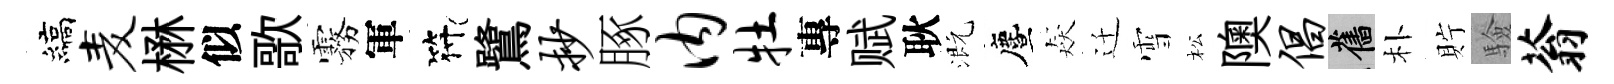
縞麦楙似歌霧軍符鷺抄䐁内牡專赋耿溉󵨌猋迁雪松隩倡舊朴貯驗蓊